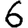
Digit: 6